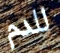
للدم